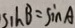
S _ { 1 } h B = \sin A